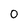
Character: 0